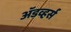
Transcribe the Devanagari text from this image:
अॅडव्हर्स